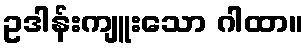
ဥဒါန်းကျူးသော ဂါထာ။